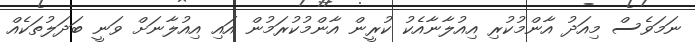
ނަމަވެސް މިއަދު އާންމުކުރި އިއުލާނާއެކު ކުރީން އާންމުކުރަމުން އައި އިއުލާނަށް ވަނީ ބަދަލުތަކެއް